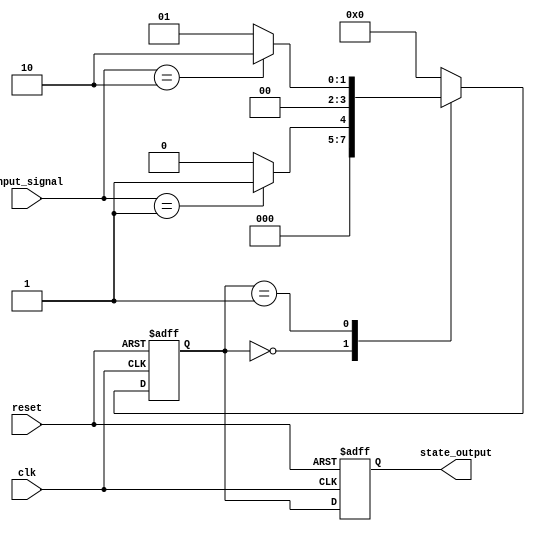
module DefaultStateInitialization (
    input wire clk,                // Clock signal
    input wire reset,              // Reset signal (active high)
    input wire [1:0] input_signal, // Example input signals
    output reg [3:0] state_output   // Example output state
);

    // State Variables
    reg [3:0] state;               // State variable to hold the current state

    // State Initialization Logic
    always @(posedge clk or posedge reset) begin
        if (reset) begin
            // Initialize state variables to known values
            state <= 4'b0000;      // Set initial state to 0
            state_output <= 4'b0000; // Set output state to 0
        end else begin
            // State Transition Logic
            case (state)
                4'b0000: begin
                    if (input_signal == 2'b01)
                        state <= 4'b0001; // Transition to state 1
                    else
                        state <= 4'b0000; // Stay in state 0
                end
                4'b0001: begin
                    if (input_signal == 2'b10)
                        state <= 4'b0010; // Transition to state 2
                    else
                        state <= 4'b0001; // Stay in state 1
                end
                4'b0010: begin
                    // Additional state transitions can be defined here
                    state <= 4'b0000; // Example transition back to state 0
                end
                default: state <= 4'b0000; // Default case to handle unknown states
            endcase
            
            // Output Logic
            state_output <= state; // Update output based on current state
        end
    end

endmodule